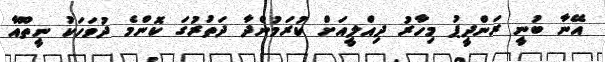
އޭނާ ބުނީ ރަންދީޕު މިހާރު ދިއްލީއަށް ކުރަމުންދާ ދަތުރުގަ ކޮންމެ ދުވަހަކު ނީތޫއާ